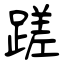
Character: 蹉